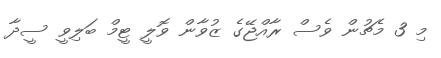
މި 3 މެޗުން ވެސް ރާއްޖޭގެ ޒުވާން ވޮލީ ޓީމް ބަލިވީ ސީދާ